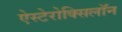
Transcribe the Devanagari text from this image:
ऐस्टेरोक्सिलॉन